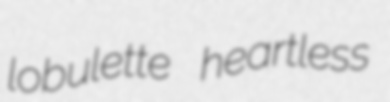
lobulette heartless